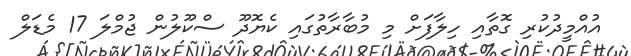
އުއްމީދުކުރި ގޮތާއި ހިލާފަށް މި މުބާރާތުގައި ކެޔޮދޫ ސްކޫލުން ޖުމްލަ 17 މެޑަލް